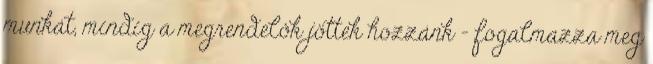
munkát, mindig a megrendelôk jöttek hozzánk – fogalmazza meg